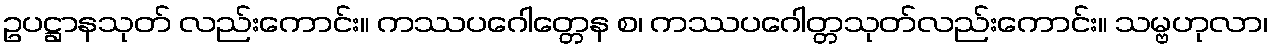
ဥပဋ္ဌာနသုတ် လည်းကောင်း။ ကဿပဂေါတ္တေန စ၊ ကဿပဂေါတ္တသုတ်လည်းကောင်း။ သမ္ဗဟုလာ၊